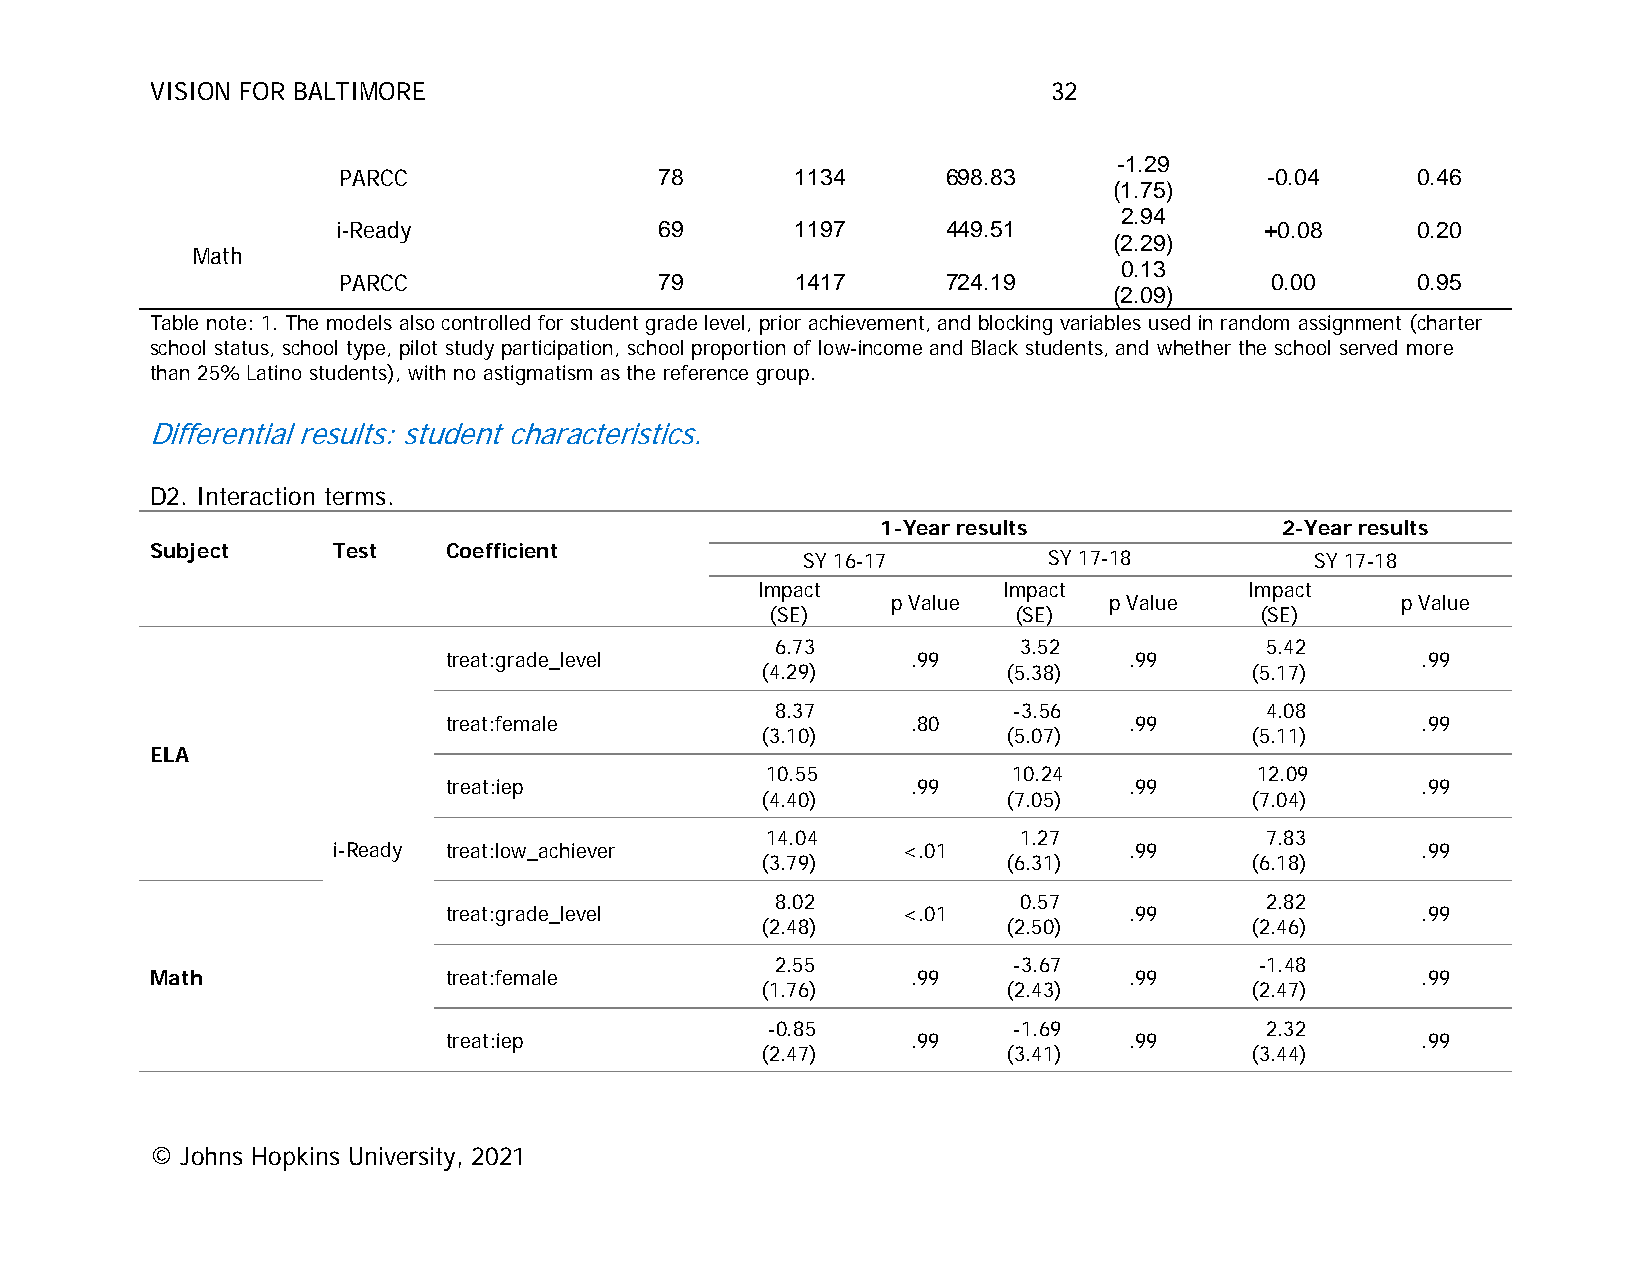
VISION FOR BALTIMORE                                        32
 -1.29
 PARCC                 78       1134      698.83               -0.04     0.46
 (1.75)
 2.94
 i-Ready               69       1197      449.51               +0.08     0.20
 (2.29)
 Math
 0.13
 PARCC                 79       1417      724.19               0.00      0.95
 (2.09)
 Table note: 1. The models also controlled for student grade level, prior achievement, and blocking variables used in random assignment (charter
 school status, school type, pilot study participation, school proportion of low-income and Black students, and whether the school served more
 than 25% Latino students), with no astigmatism as the reference group.
 Differential results: student characteristics.
 D2. Interaction terms.
 1-Year results             2-Year results
 Subject     Test   Coefficient
 SY 16-17        SY 17-18          SY 17-18
 Impact          Impact           Impact
 p Value       p Value             p Value
 (SE)            (SE)            (SE)
 6.73             3.52            5.42
 treat:grade_level              .99            .99                .99
 (4.29)           (5.38)          (5.17)
 8.37            -3.56            4.08
 treat:female                   .80            .99                .99
 (3.10)           (5.07)          (5.11)
 ELA
 10.55           10.24           12.09
 treat:iep                      .99            .99                .99
 (4.40)           (7.05)          (7.04)
 14.04            1.27            7.83
 i -Ready treat:low_achiever           <.01           .99                .99
 (3.79)           (6.31)          (6.18)
 8.02             0.57            2.82
 treat:grade_level              <.01           .99                .99
 (2.48)           (2.50)          (2.46)
 2.55            -3.67           -1.48
 M ath              treat:female                   .99            .99                .99
 (1.76)           (2.43)          (2.47)
 -0.85           -1.69            2.32
 treat:iep                      .99            .99                .99
 (2.47)           (3.41)          (3.44)
 © Johns Hopkins University, 2021